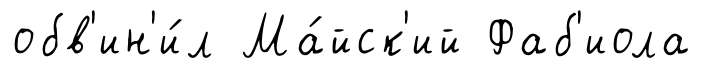
обв'ин'и́л Ма́йск'ий Фаб'иола